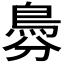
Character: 𩿉